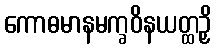
ကောဓမာနမက္ခဝိနယတ္ထဉှိ